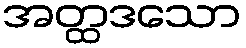
အတ္ထဒသော